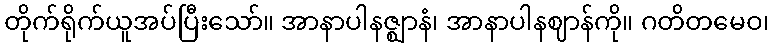
တိုက်ရိုက်ယူအပ်ပြီးသော်။ အာနာပါနဇ္ဈာနံ၊ အာနာပါနဈာန်ကို။ ဂတိတမေဝ၊